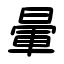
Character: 暈